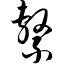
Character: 系